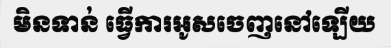
មិនទាន់ ធ្វើការអូសចេញនៅឡើយ